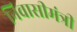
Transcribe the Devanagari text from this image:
निवासीमंत्री